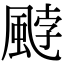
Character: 𩗓